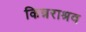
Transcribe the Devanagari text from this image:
किन्नराश्रव